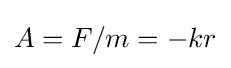
A=F/m=-kr